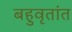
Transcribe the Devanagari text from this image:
बहुवृतांत